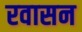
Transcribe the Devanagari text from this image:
रवासन